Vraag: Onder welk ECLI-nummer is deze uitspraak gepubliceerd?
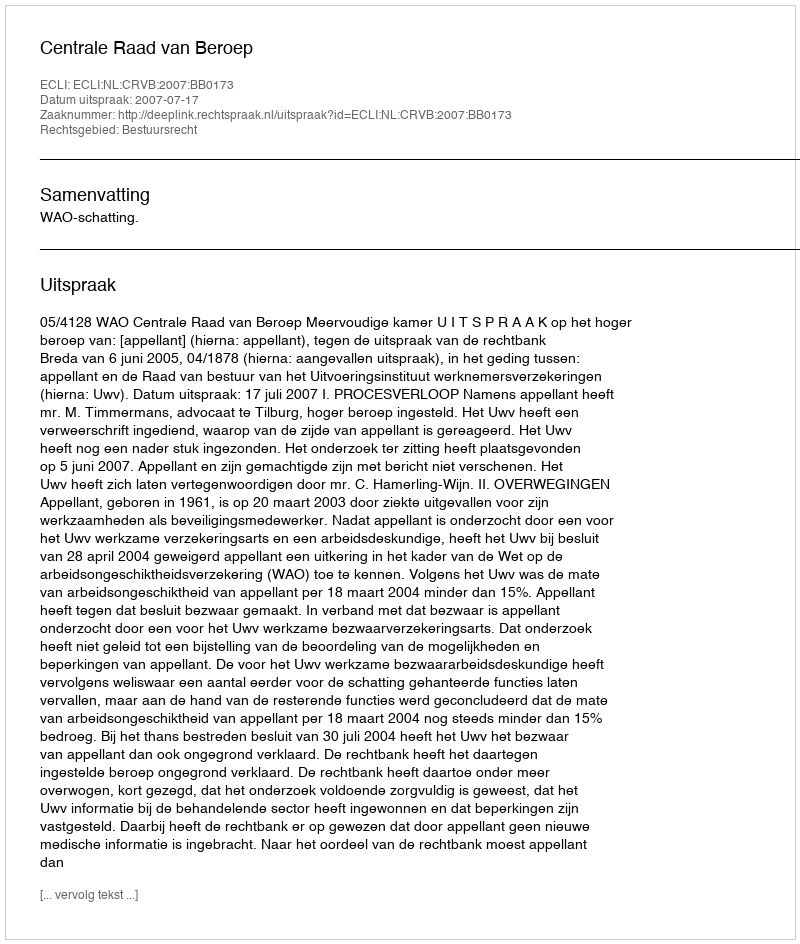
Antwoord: ECLI:NL:CRVB:2007:BB0173